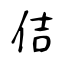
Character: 佶